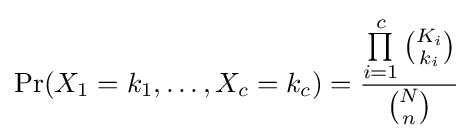
\Pr(X_{1}=k_{1},\ldots ,X_{c}=k_{c})={\frac {\prod \limits _{i=1}^{c}{\binom {K_{i}}{k_{i}}}}{\binom {N}{n}}}